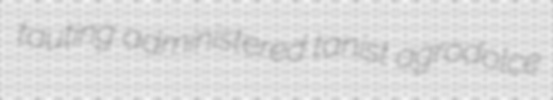
tauting administered tanist agrodolce